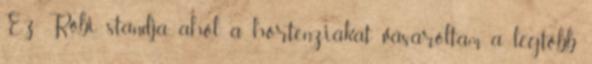
Ez Robi standja, ahol a hortenziákat vásároltam, a legtöbb